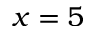
x = 5